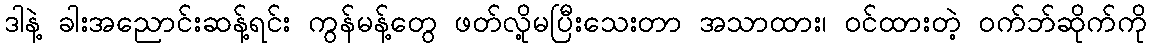
ဒါနဲ့ ခါးအညောင်းဆန့်ရင်း ကွန်မန့်တွေ ဖတ်လို့မပြီးသေးတာ အသာထား၊ ဝင်ထားတဲ့ ဝက်ဘ်ဆိုက်ကို